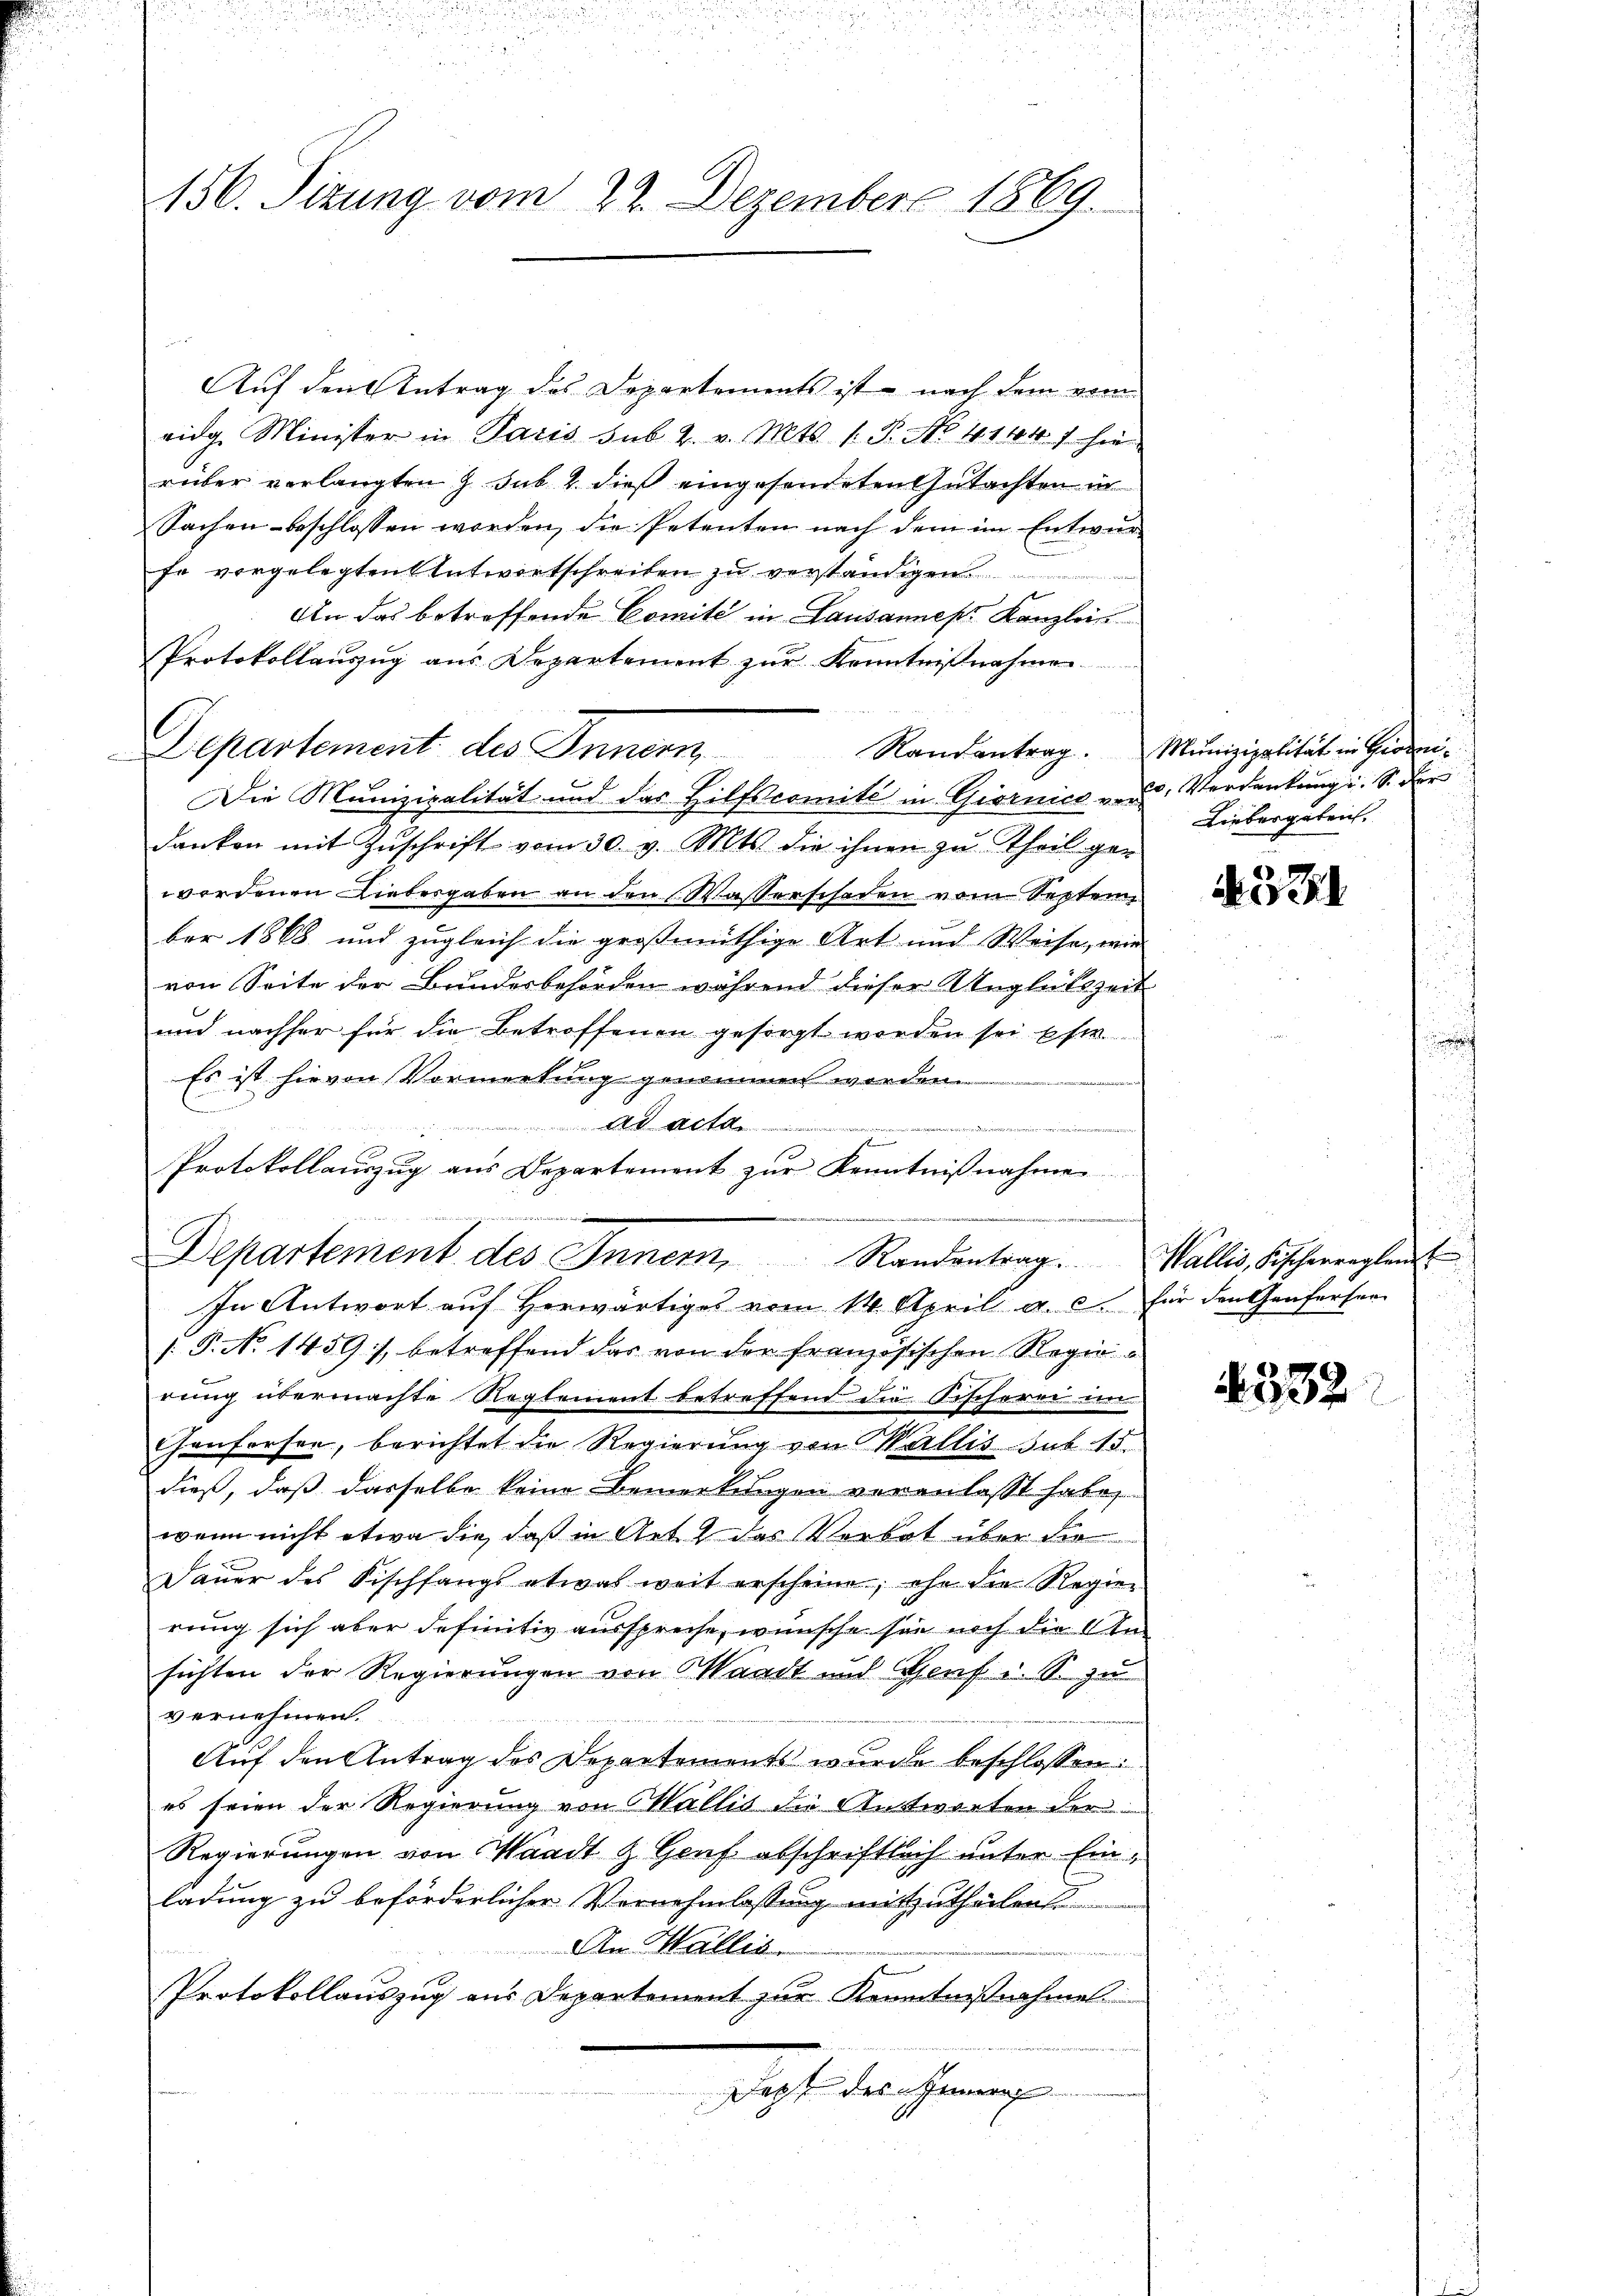
156. Sizung vom 22. Dezember 1869.

Auf den Antrag des Departements ist nach dem vom
eidg. Minister in Paris sub 2. v. Mts. 1. P. No. 411041 hie
rüber verlangten J. sub 2 dieß eingesendeten Gutachten in
Sachen beschlossen worden, die Petenten nach dem im Entwur
fe vorgelegten Antwortschreiben zu verständigen
An das betreffende Comité in Lausannes Kanzlein
Protokollaŭszŭg aŭs Departement zŭr Kenntnißnahmen
Die Munizipalität und das Hilfscomité in Giornica v. u. Verdankung i. S. der
danken mit Zŭschrift vom 30. v. Mts. die ihnen zu Theil ger
wordenen Liebesgaben an den Wasserschaden vom Septen
ber 1868 und zugleich die großmüthige Art und Weise, wie
von Seite der Bundesbehörden während dieser Ungleitszeit
und nachher für die Betroffenen gesorgt worden sei, Este
Es ist hievon Vormorkung genommen worden.
ad acta

Protokollauszug aus Departement zŭr Kenntnißnahme
Departement des Inner, Randentrag. Wallis, Fischerreglei
In Antwort auf Herwärtiges vom 14. April a. c. für den Genfersen
/. P. No 1459), betreffend das von der französischen Regierung übermachte Reglement betreffend die Fischerei im
henforden, berichtet die Regierung von Wallis sub 15.
dieß, daß dasselbe keine Bemerkungen veranlasst habe,
wenn nicht etwa die, daß in Art das Verbot über die
Daŭer des Fischfangs etwas weit erscheine, ehe die Regier
rung sich aber definitiv ausspreche, wünsche sie noch die Ansichten der Regierungen von Waadt und Genf u. S. zu
vernehmen.
Auf den Antrag des Departements wurde beschlossen:
es seien der Regierung von Wallis die Antworten der
Regierungen von Waadt & Genf abschriftlich unter Einladung zu beförderlicher Vernehmlassung mitzutheilen.
An Wallis.

Protokollauszug aus Departement zur Kenntnißnahme
Jezt des Innerh

Departement des Innern Randantrag. Munizipalität in Pirmi¬

Liebergeben.

A. 334

1532